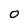
Character: 0